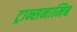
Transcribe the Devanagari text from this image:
ट्रान्सनामिब